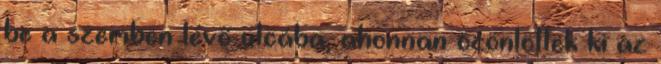
be a szemben lévő utcába, ahonnan özönlöttek ki az